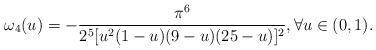
LaTeX: \begin{align*}\omega_4(u)=-\frac{\pi^{6}}{2^{5}[u^2 (1-u)(9-u) ( 25-u)]^{2}},\forall u\in(0,1).\end{align*}